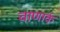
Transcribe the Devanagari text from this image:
चाणार्क